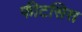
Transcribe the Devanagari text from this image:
फीटसिस